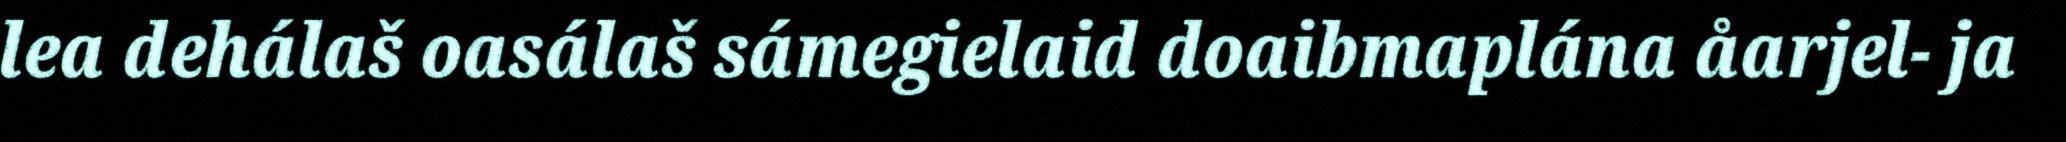
lea dehálaš oasálaš sámegielaid doaibmaplána åarjel- ja